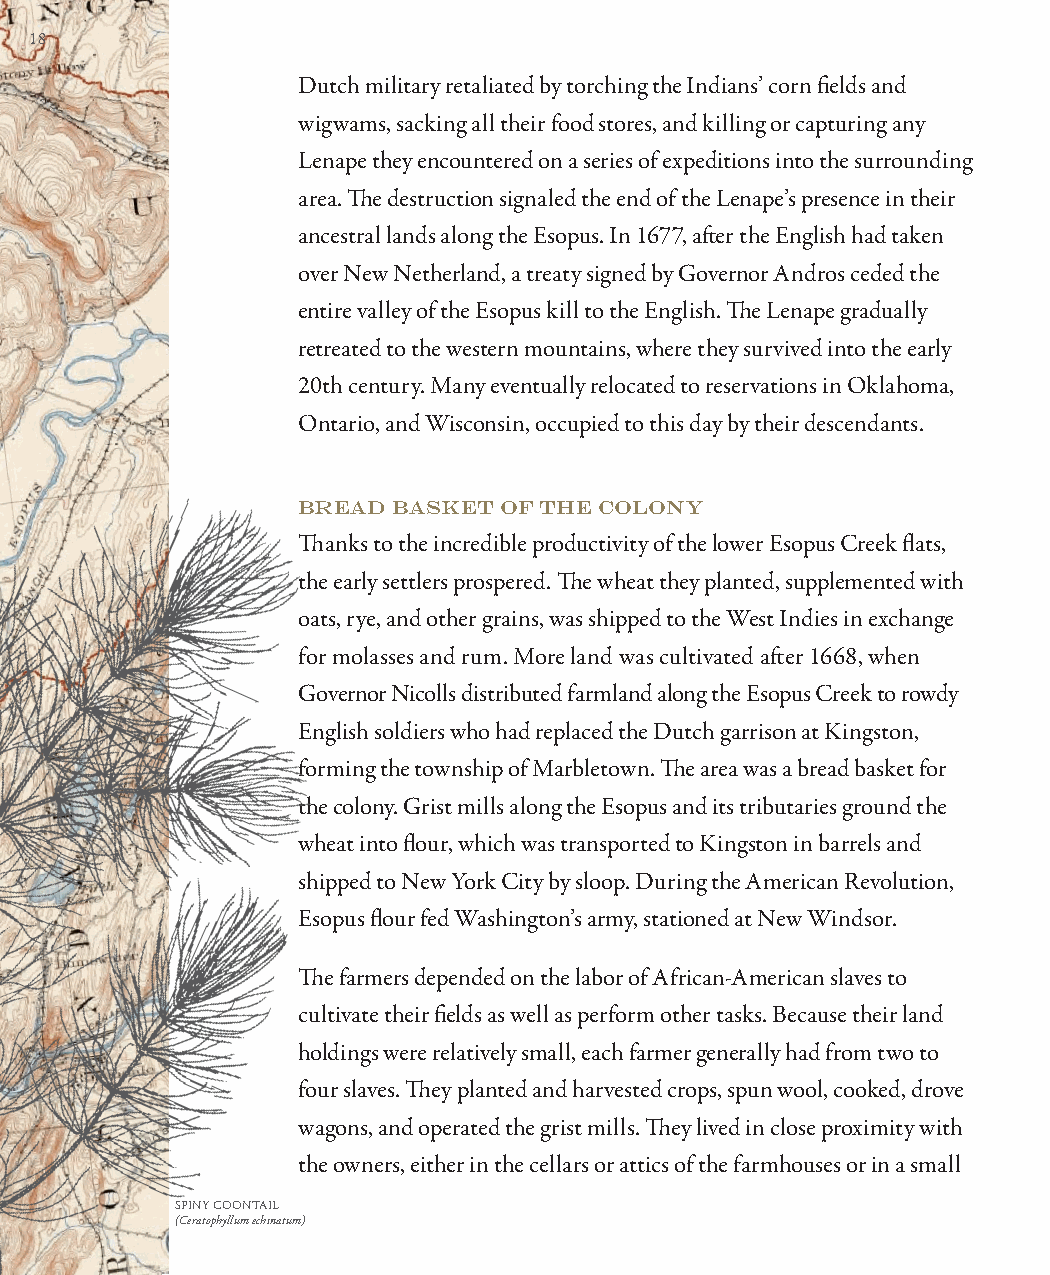
18
 Dutch military retaliated by torching the Indians’ corn fi elds and
 wigwams, sacking all their food stores, and killing or capturing any
 Lenape they encountered on a series of expeditions into the surrounding
 area. Th e destruction signaled the end of the Lenape’s presence in their
 ancestral lands along the Esopus. In 1677, aft er the English had taken
 over New Netherland, a treaty signed by Governor Andros ceded the
 entire valley of the Esopus kill to the English. Th e Lenape gradually
 retreated to the western mountains, where they survived into the early
 20th century. Many eventually relocated to reservations in Oklahoma,
 Ontario, and Wisconsin, occupied to this day by their descendants.
 BREAD BASKET OF THE COLONY
 Th anks to the incredible productivity of the lower Esopus Creek fl ats,
 the early settlers prospered. Th e wheat they planted, supplemented with
 oats, rye, and other grains, was shipped to the West Indies in exchange
 for molasses and rum. More land was cultivated aft er 1668, when
 Governor Nicolls distributed farmland along the Esopus Creek to rowdy
 English soldiers who had replaced the Dutch garrison at Kingston,
 forming the township of Marbletown. Th e area was a bread basket for
 the colony. Grist mills along the Esopus and its tributaries ground the
 wheat into fl our, which was transported to Kingston in barrels and
 shipped to New York City by sloop. During the American Revolution,
 Esopus fl our fed Washington’s army, stationed at New Windsor.
 Th e farmers depended on the labor of African-American slaves to
 cultivate their fi elds as well as perform other tasks. Because their land
 holdings were relatively small, each farmer generally had from two to
 four slaves. Th ey planted and harvested crops, spun wool, cooked, drove
 wagons, and operated the grist mills. Th ey lived in close proximity with
 the owners, either in the cellars or attics of the farmhouses or in a small
 SPINY COONTAIL
 (Ceratophyllum echinatum)